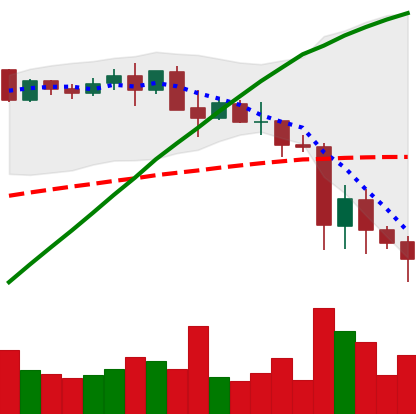
Ticker: BNB-USD
Chart end date: 2021-05-23
Forward return: 25.455%
Label: up_7plus